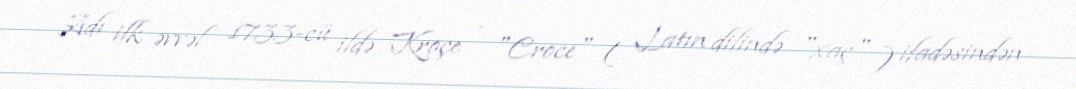
Adı ilk əvvəl 1733-cü ildə Kroçe - "Croce" ( Latın dilində "xaç" ) ifadəsindən